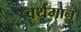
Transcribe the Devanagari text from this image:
वर्थमान